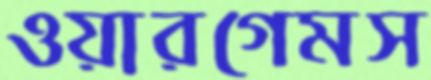
ওয়ারগেমস